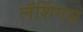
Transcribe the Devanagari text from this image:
लॅशिंगस